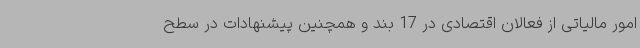
امور مالیاتی از فعالان اقتصادی در 17 بند و همچنین پیشنهادات در سطح